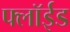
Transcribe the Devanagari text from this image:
फ्लॉईड